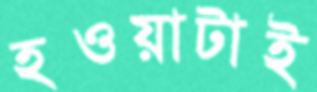
হওয়াটাই